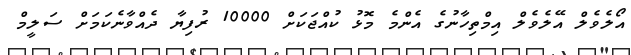
އޯލެވެލް އޭލެވެލް އިމްތިހާނުގެ އެންމެ މޮޅު ކުއްޖަކަށް 10000 ރުފިޔާ ދެއްވާނެކަމަށް ސަލީމް